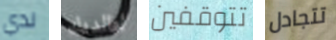
لدي لوالديك تتوقفين تتجادل